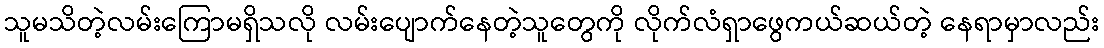
သူမသိတဲ့လမ်းကြောမရှိသလို လမ်းပျောက်နေတဲ့သူတွေကို လိုက်လံရှာဖွေကယ်ဆယ်တဲ့ နေရာမှာလည်း